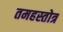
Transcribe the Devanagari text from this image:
तमहस्तोत्र